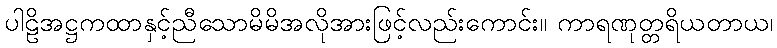
ပါဠိအဋ္ဌကထာနှင့်ညီသောမိမိအလိုအားဖြင့်လည်းကောင်း။ ကာရဏုတ္တရိယတာယ၊